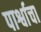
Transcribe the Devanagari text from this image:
पार्श्वाचा